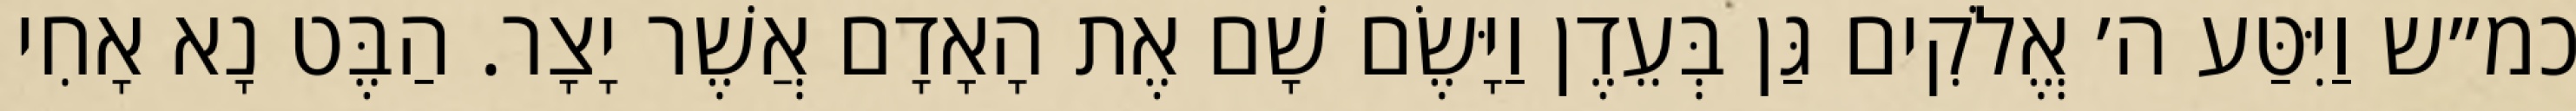
כמ״ש וַיִּטַּע ה׳ אֱלֹקִים גַּן בְּעֵדֶן וַיָּשֶׂם שָׁם אֶת הָאָדָם אֲשֶׁר יָצָר. הַבֶּט נָא אָחִי